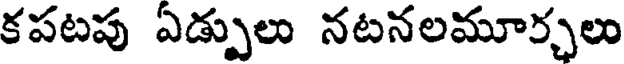
కపటపు ఏడ్చులు నటనలమూర్చలు